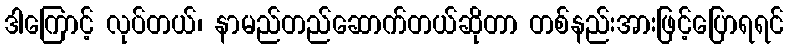
ဒါကြောင့် လုပ်တယ်၊ နာမည်တည်ဆောက်တယ်ဆိုတာ တစ်နည်းအားဖြင့်ပြောရရင်